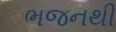
ભજનથી